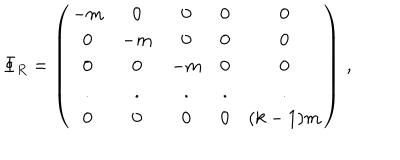
\Phi _ { R } = \left( \begin{array} { c c c c c } { { - m } } & { { 0 } } & { { 0 } } & { { 0 } } & { { 0 \nonumber } } \\ { { 0 } } & { { - m } } & { { 0 } } & { { 0 } } & { { 0 \nonumber } } \\ { { 0 } } & { { 0 } } & { { - m } } & { { 0 } } & { { 0 \nonumber } } \\ { { . } } & { { . } } & { { . } } & { { . } } & { { . \nonumber } } \\ { { 0 } } & { { 0 } } & { { 0 } } & { { 0 } } & { { ( k - 1 ) m } } \\ \end{array} \right) \, ,